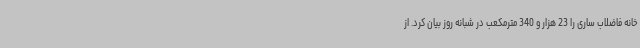
خانه فاضلاب ساری را 23 هزار و 340 مترمکعب در شبانه روز بیان کرد. از